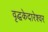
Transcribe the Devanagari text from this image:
वृद्धकेदारेश्वर